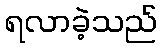
ရလာခဲ့သည်